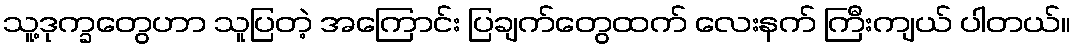
သူ့ဒုက္ခတွေဟာ သူပြတဲ့ အကြောင်း ပြချက်တွေထက် လေးနက် ကြီးကျယ် ပါတယ်။